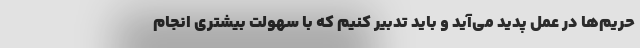
حریم‌ها در عمل پدید می‌آید و باید تدبیر کنیم که با سهولت بیشتری انجام